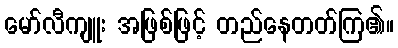
မော်လီကျူး အဖြစ်ဖြင့် တည်နေတတ်ကြ၏။